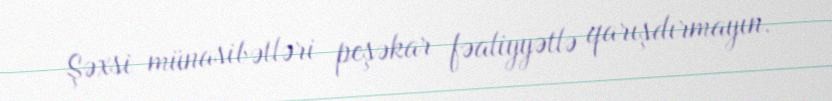
Şəxsi münasibətləri peşəkar fəaliyyətlə qarışdırmayın.